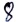
Text: 8